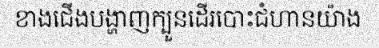
ខាងជើងបង្ហាញក្បួនដើរបោះជំហានយ៉ាង